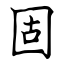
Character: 固